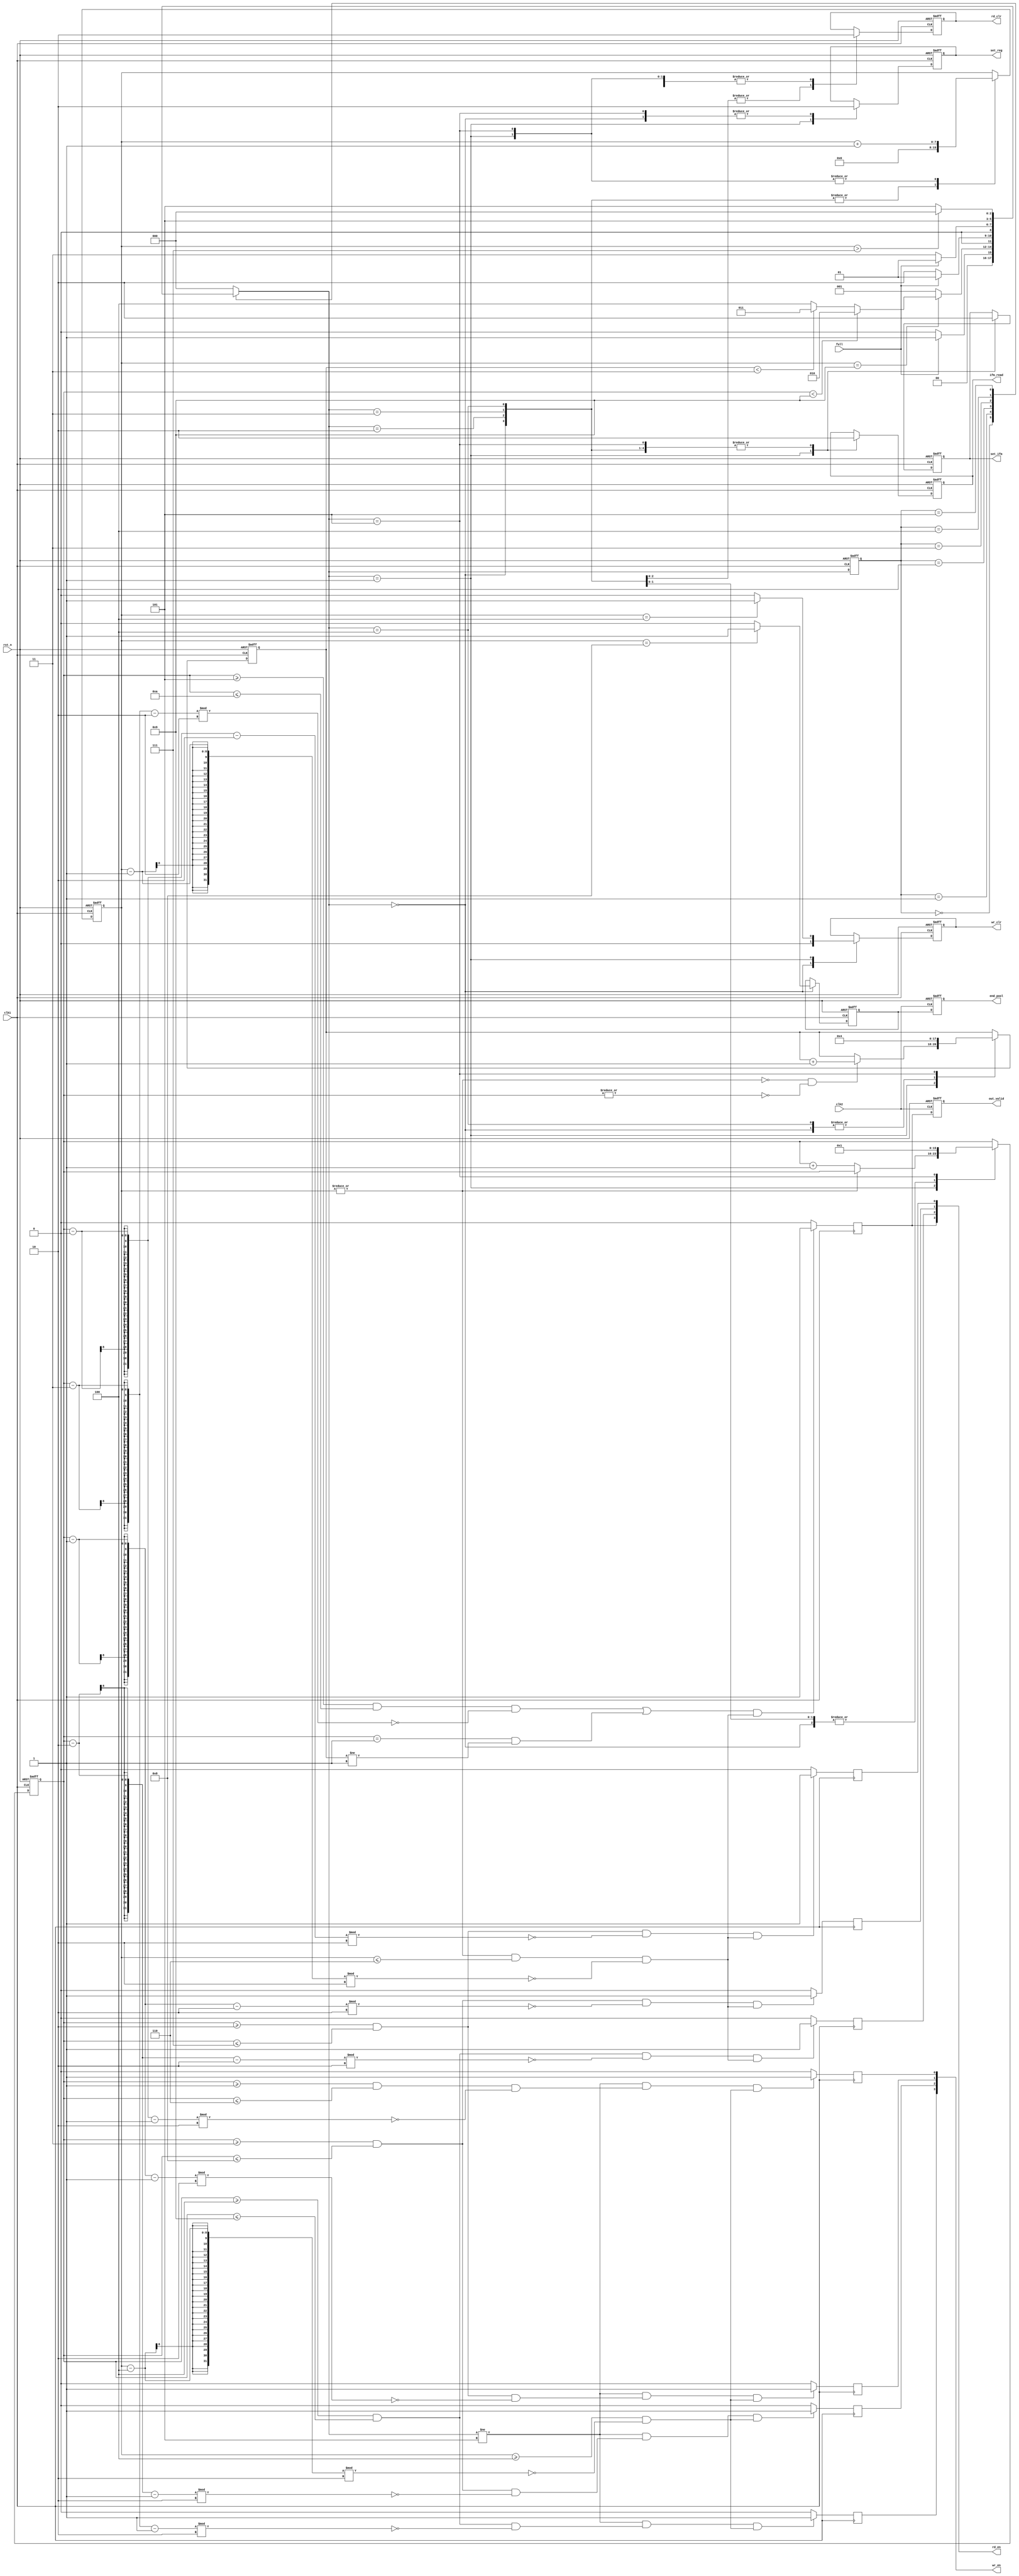
module POOL_CONTROL #(parameter KERNEL_POOL = 4, IFM_SIZE = 9, STRIDE_POOL = 2, CI = 3)(
  input clk1,
  input clk2,
  input rst_n,
  input full,
  output reg set_ifm,
  output reg ifm_read,
  output reg rd_clr,
  output reg wr_clr,
  output reg out_valid,
  output reg set_reg,
  output reg end_pool,
  output reg [KERNEL_POOL-1:0] rd_en,
  output reg [KERNEL_POOL-1:0] wr_en
);

  reg [7:0] cnt_index;
  reg [7:0] cnt_line;
  reg [8:0] cnt_channel;

  reg [2:0] curr_state;
  reg [2:0] next_state;

  reg end_reg;

  parameter [2:0] 
    IDLE        = 3'b000,
    COMPUTE     = 3'b001,
    END_ROW     = 3'b010,
    END_CHANNEL = 3'b011,
    END_FILTER  = 3'b100,
    END_POOL    = 3'b101;

  always @(posedge clk1 or negedge rst_n)
  begin
    if (!rst_n)
      curr_state <= IDLE;
    else
      curr_state <= next_state;
  end

  always @(full or cnt_index or cnt_line or cnt_channel)
  begin
    case (curr_state)
      IDLE:
      begin
        if (full)
          next_state = COMPUTE;
        else
          next_state = IDLE;
      end
      COMPUTE:
      begin
        if (cnt_index == IFM_SIZE)
        begin
          if (cnt_line < IFM_SIZE)
            next_state = END_ROW;
          else
          begin
            if (cnt_channel < CI)
              next_state = END_CHANNEL;
            else
              next_state = END_FILTER;
          end
        end
        else
          next_state = COMPUTE;
      end
      END_ROW:
      begin
        if (full)
          next_state = COMPUTE;
        else
          next_state = END_ROW;
      end
      END_CHANNEL:
      begin
        if (full)
          next_state = COMPUTE;
        else
          next_state = END_CHANNEL;
      end
      END_FILTER:
        next_state = END_POOL;
      END_POOL:
        if (cnt_index > IFM_SIZE-KERNEL_POOL+2)
          next_state = IDLE;
        else
          next_state = END_POOL;
      default:
        next_state = IDLE;
    endcase
  end

  genvar ii;
  generate
    for (ii = 0; ii < KERNEL_POOL; ii = ii + 1) begin
      always @(posedge clk1) begin
        rd_en[ii] <= (((cnt_line >= (ii+2) && cnt_line <= (IFM_SIZE-KERNEL_POOL+ii+2) && ((cnt_line-ii-2)%STRIDE_POOL == 0)) || (ii == KERNEL_POOL-1 && cnt_line == 1 && cnt_channel != 1)) && (|cnt_index && cnt_index <= IFM_SIZE-KERNEL_POOL+1 && ((cnt_index-1)%STRIDE_POOL == 0))) ? 1 : 0;
        wr_en[ii] <= ((next_state != END_POOL) && (cnt_line >= (ii+1) && cnt_line <= (IFM_SIZE-KERNEL_POOL+ii+1) && ((cnt_line-ii-1)%STRIDE_POOL == 0)) && (cnt_index >= KERNEL_POOL && ((cnt_index-KERNEL_POOL)%STRIDE_POOL == 0)))? 1 : 0;
      end
    end
  endgenerate

  always @(posedge clk1 or negedge rst_n)
  begin
    if (!rst_n)
    begin
      cnt_index   <= 0;
      cnt_line    <= 0;
      cnt_channel <= 0;
      set_reg     <= 0;
      end_reg     <= 0;
      rd_clr      <= 0;
      wr_clr      <= 0;
      set_ifm     <= 0;
      ifm_read    <= 0;
    end 
    else
    begin
      case (next_state)
        IDLE:
        begin
          cnt_index   <= 0;
          cnt_line    <= 0;
          cnt_channel <= 0;
          set_reg     <= 0;
          rd_clr      <= 0;
          wr_clr      <= 0;
          set_ifm     <= 0;
          ifm_read    <= 0;
          end_reg     <= (cnt_index == IFM_SIZE-KERNEL_POOL+3) ? 1 : 0;
        end
        COMPUTE:
        begin
          cnt_index   <= cnt_index + 1;
          cnt_line    <= (|cnt_index == 1'b0)? cnt_line + 1:cnt_line;
          cnt_channel <= (|cnt_index == 1'b0 && |cnt_line == 1'b0)? cnt_channel + 1:cnt_channel;
          set_reg     <= 1;
          rd_clr      <= 0;
          wr_clr      <= (cnt_index == KERNEL_POOL)? 1 : 0;
          set_ifm     <= 1;
          ifm_read    <= 1;
        end
        END_ROW:
        begin
          cnt_index   <= 0;
          rd_clr      <= 1;
          set_ifm     <= 0;
          ifm_read    <= 0;
        end
        END_CHANNEL:
        begin
          cnt_index   <= 0;
          cnt_line    <= 0;
          rd_clr      <= 1;
          set_ifm     <= 0;
          ifm_read    <= 0;
        end
        END_FILTER:
        begin
          cnt_index   <= 0;
          cnt_line    <= 0;
          cnt_channel <= 0;
          rd_clr      <= 1;
          set_ifm     <= 0;
          ifm_read    <= 0;
        end
        END_POOL:
        begin
          cnt_index   <= cnt_index + 1;
          cnt_line    <= 1;
          cnt_channel <= CI + 1;
          set_reg     <= 0;
          set_ifm     <= 0;
          rd_clr      <= 0;
          ifm_read    <= 0;
        end
        default:
        begin
          cnt_index   <= cnt_index;
          cnt_line    <= cnt_line;
          cnt_channel <= cnt_channel;
          set_reg     <= set_reg;
          set_ifm     <= set_ifm;
          end_reg     <= end_reg;
          wr_clr      <= wr_clr;
          rd_clr      <= rd_clr;
          ifm_read    <= ifm_read;
        end
      endcase
    end
  end

  always @(posedge clk2 or negedge rst_n)
  begin
    if (!rst_n) begin
      out_valid <= 0;
      end_pool  <= 0;
    end
    else begin
      out_valid <= rd_en[KERNEL_POOL-1];
      end_pool  <= end_reg;
    end
  end

endmodule